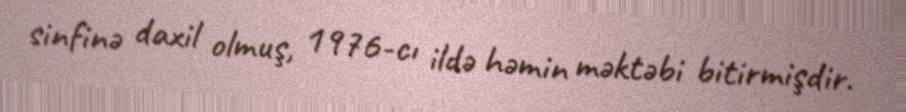
sinfinə daxil olmuş, 1976-cı ildə həmin məktəbi bitirmişdir.